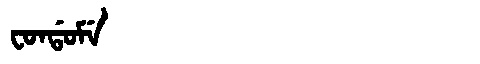
Manchu: ᠸᠣᠨᡩᠣᠮᡝ
Romanization: FONDOME